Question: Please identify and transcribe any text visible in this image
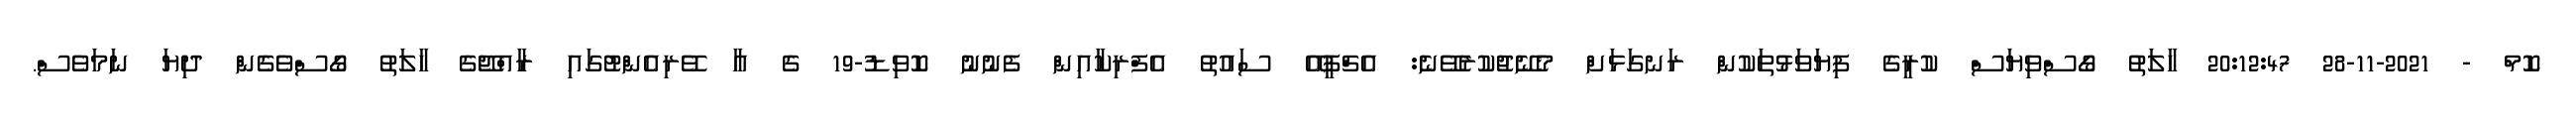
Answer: ކޮމް - 2021-11-28 20:12:47 ހާލަތު ގޯސްވިޔަސް ކުރީގެ ފިޔަވަޅުތަކުން ރަނގަޅަށް މެނޭޖުކުރެވޭނެ: އެޗްޕީއޭ ސައުތު އެފްރިކާއިން ފެނުނު ކޮވިޑު-19 ގެ އާ ވޭރިއެންޓުގައި ރާއްޖޭގެ ހާލަތު ގޯސްވެގެން ދިޔަ ނަމަވެސް.